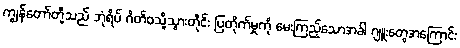
ကျွန်တော်တို့သည် ဘုံရိပ် ဂိတ်ဝသို့သွားတိုင်း ပြတိုက်မှုကို မေးကြည့်သောအခါ ဂျူးတွေအကြောင်း